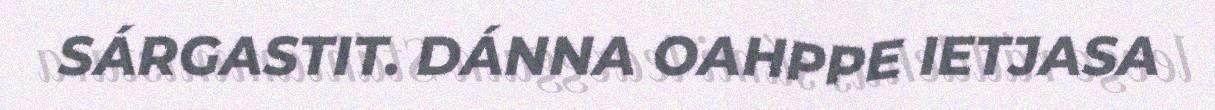
SÁRGASTIT. DÁNNA OAHPPE IETJASA